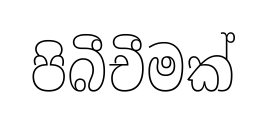
පිබීචීමක්